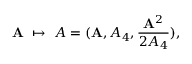
{ \bf A } \ \mapsto \ A = ( { \bf A } , A _ { 4 } , \frac { { { \bf A } ^ { 2 } } } { { 2 A } _ { 4 } } ) ,